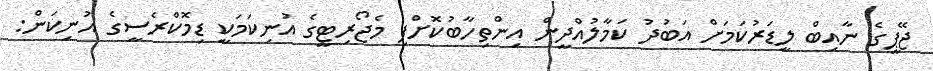
ޖޭޕީގެ ނާއިބް ލީޑަރުކަމަށް އަބުދު ކަމާލުއްދީން އިންތިހާބުކޮށްފި މެޖޯރިޓީގެ އުނިކަމަކީ ޑިމޮކްރެސީގެ އުނިކަން: